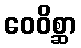
ဝေဝိစ္ဆာ